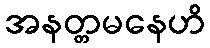
အနတ္တမနေဟိ